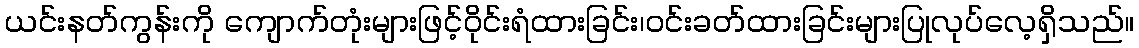
ယင်းနတ်ကွန်းကို ကျောက်တုံးများဖြင့်ဝိုင်းရံထားခြင်း၊ဝင်းခတ်ထားခြင်းများပြုလုပ်လေ့ရှိသည်။